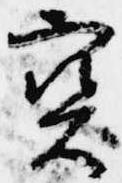
宝